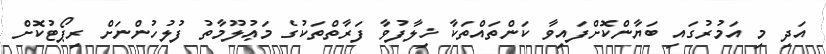
އަދި މި އަމުރުގައި ބަޔާންކޮށްފައިވާ ކަންތައްތަކާ ޚިލާފުވާ ފަރާތްތަކުގެ މަޢުލޫމާތު ފުލުހުންނަށް ރިޕޯޓުކޮށް